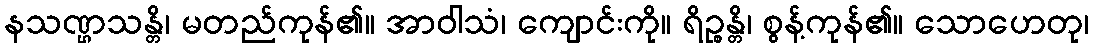
နသဏ္ဌသန္တိ၊ မတည်ကုန်၏။ အာဝါသံ၊ ကျောင်းကို။ ရိဉ္စန္တိ၊ စွန့်ကုန်၏။ သောဟေတု၊